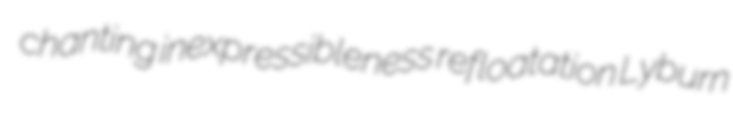
chanting inexpressibleness refloatation Lyburn